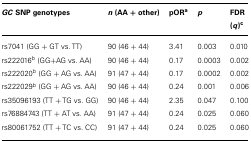
<table><thead><tr><td><b><i>GC</i> SNP genotypes</b></td><td><b><i>n</i> (AA + other)</b></td><td><b>pOR<sup>a</sup></b></td><td><b><i>p</i></b></td><td><b>FDR (<i>q</i>)<sup>c</sup></b></td></tr></thead><tbody><tr><td>rs7041 (GG + GT vs. TT)</td><td>90 (46 + 44)</td><td>3.41</td><td>0.003</td><td>0.010</td></tr><tr><td>rs222016<sup>b</sup> (GG+AG vs. AA)</td><td>90 (46 + 44)</td><td>0.17</td><td>0.0003</td><td>0.002</td></tr><tr><td>rs222020<sup>b</sup> (GG + AG vs. AA)</td><td>91 (47 + 44)</td><td>0.17</td><td>0.0002</td><td>0.002</td></tr><tr><td>rs222029<sup>b</sup> (GG + AG vs. AA)</td><td>90 (46 + 44)</td><td>0.24</td><td>0.001</td><td>0.006</td></tr><tr><td>rs35096193 (TT + TG vs. GG)</td><td>90 (46 + 44)</td><td>2.35</td><td>0.047</td><td>0.100</td></tr><tr><td>rs76884743 (TT + AT vs. AA)</td><td>91 (47 + 44)</td><td>0.24</td><td>0.025</td><td>0.060</td></tr><tr><td>rs80061752 (TT + TC vs. CC)</td><td>91 (47 + 44)</td><td>0.24</td><td>0.025</td><td>0.060</td></tr></tbody></table>